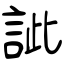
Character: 訿